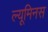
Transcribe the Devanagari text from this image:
ल्यूमिनस